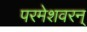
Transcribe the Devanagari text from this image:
परमेशवरन्